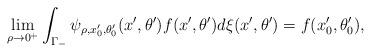
LaTeX: \begin{align*}\lim_{\rho\to 0^+}\int_{\Gamma_-}\psi_{\rho,x_0',\theta_0'}(x',\theta')f(x',\theta')d\xi(x',\theta')=f(x'_0,\theta_0'),\end{align*}